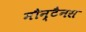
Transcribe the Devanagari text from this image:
मौन्टैनस